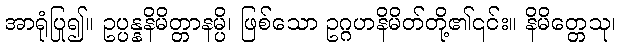
အာရုံပြု၍။ ဥပ္ပန္နနိမိတ္တာနမ္ပိ၊ ဖြစ်သော ဥဂ္ဂဟနိမိတ်တို့၏၎င်း။ နိမိတ္တေသု၊